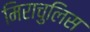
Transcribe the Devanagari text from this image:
मिराचुलिस